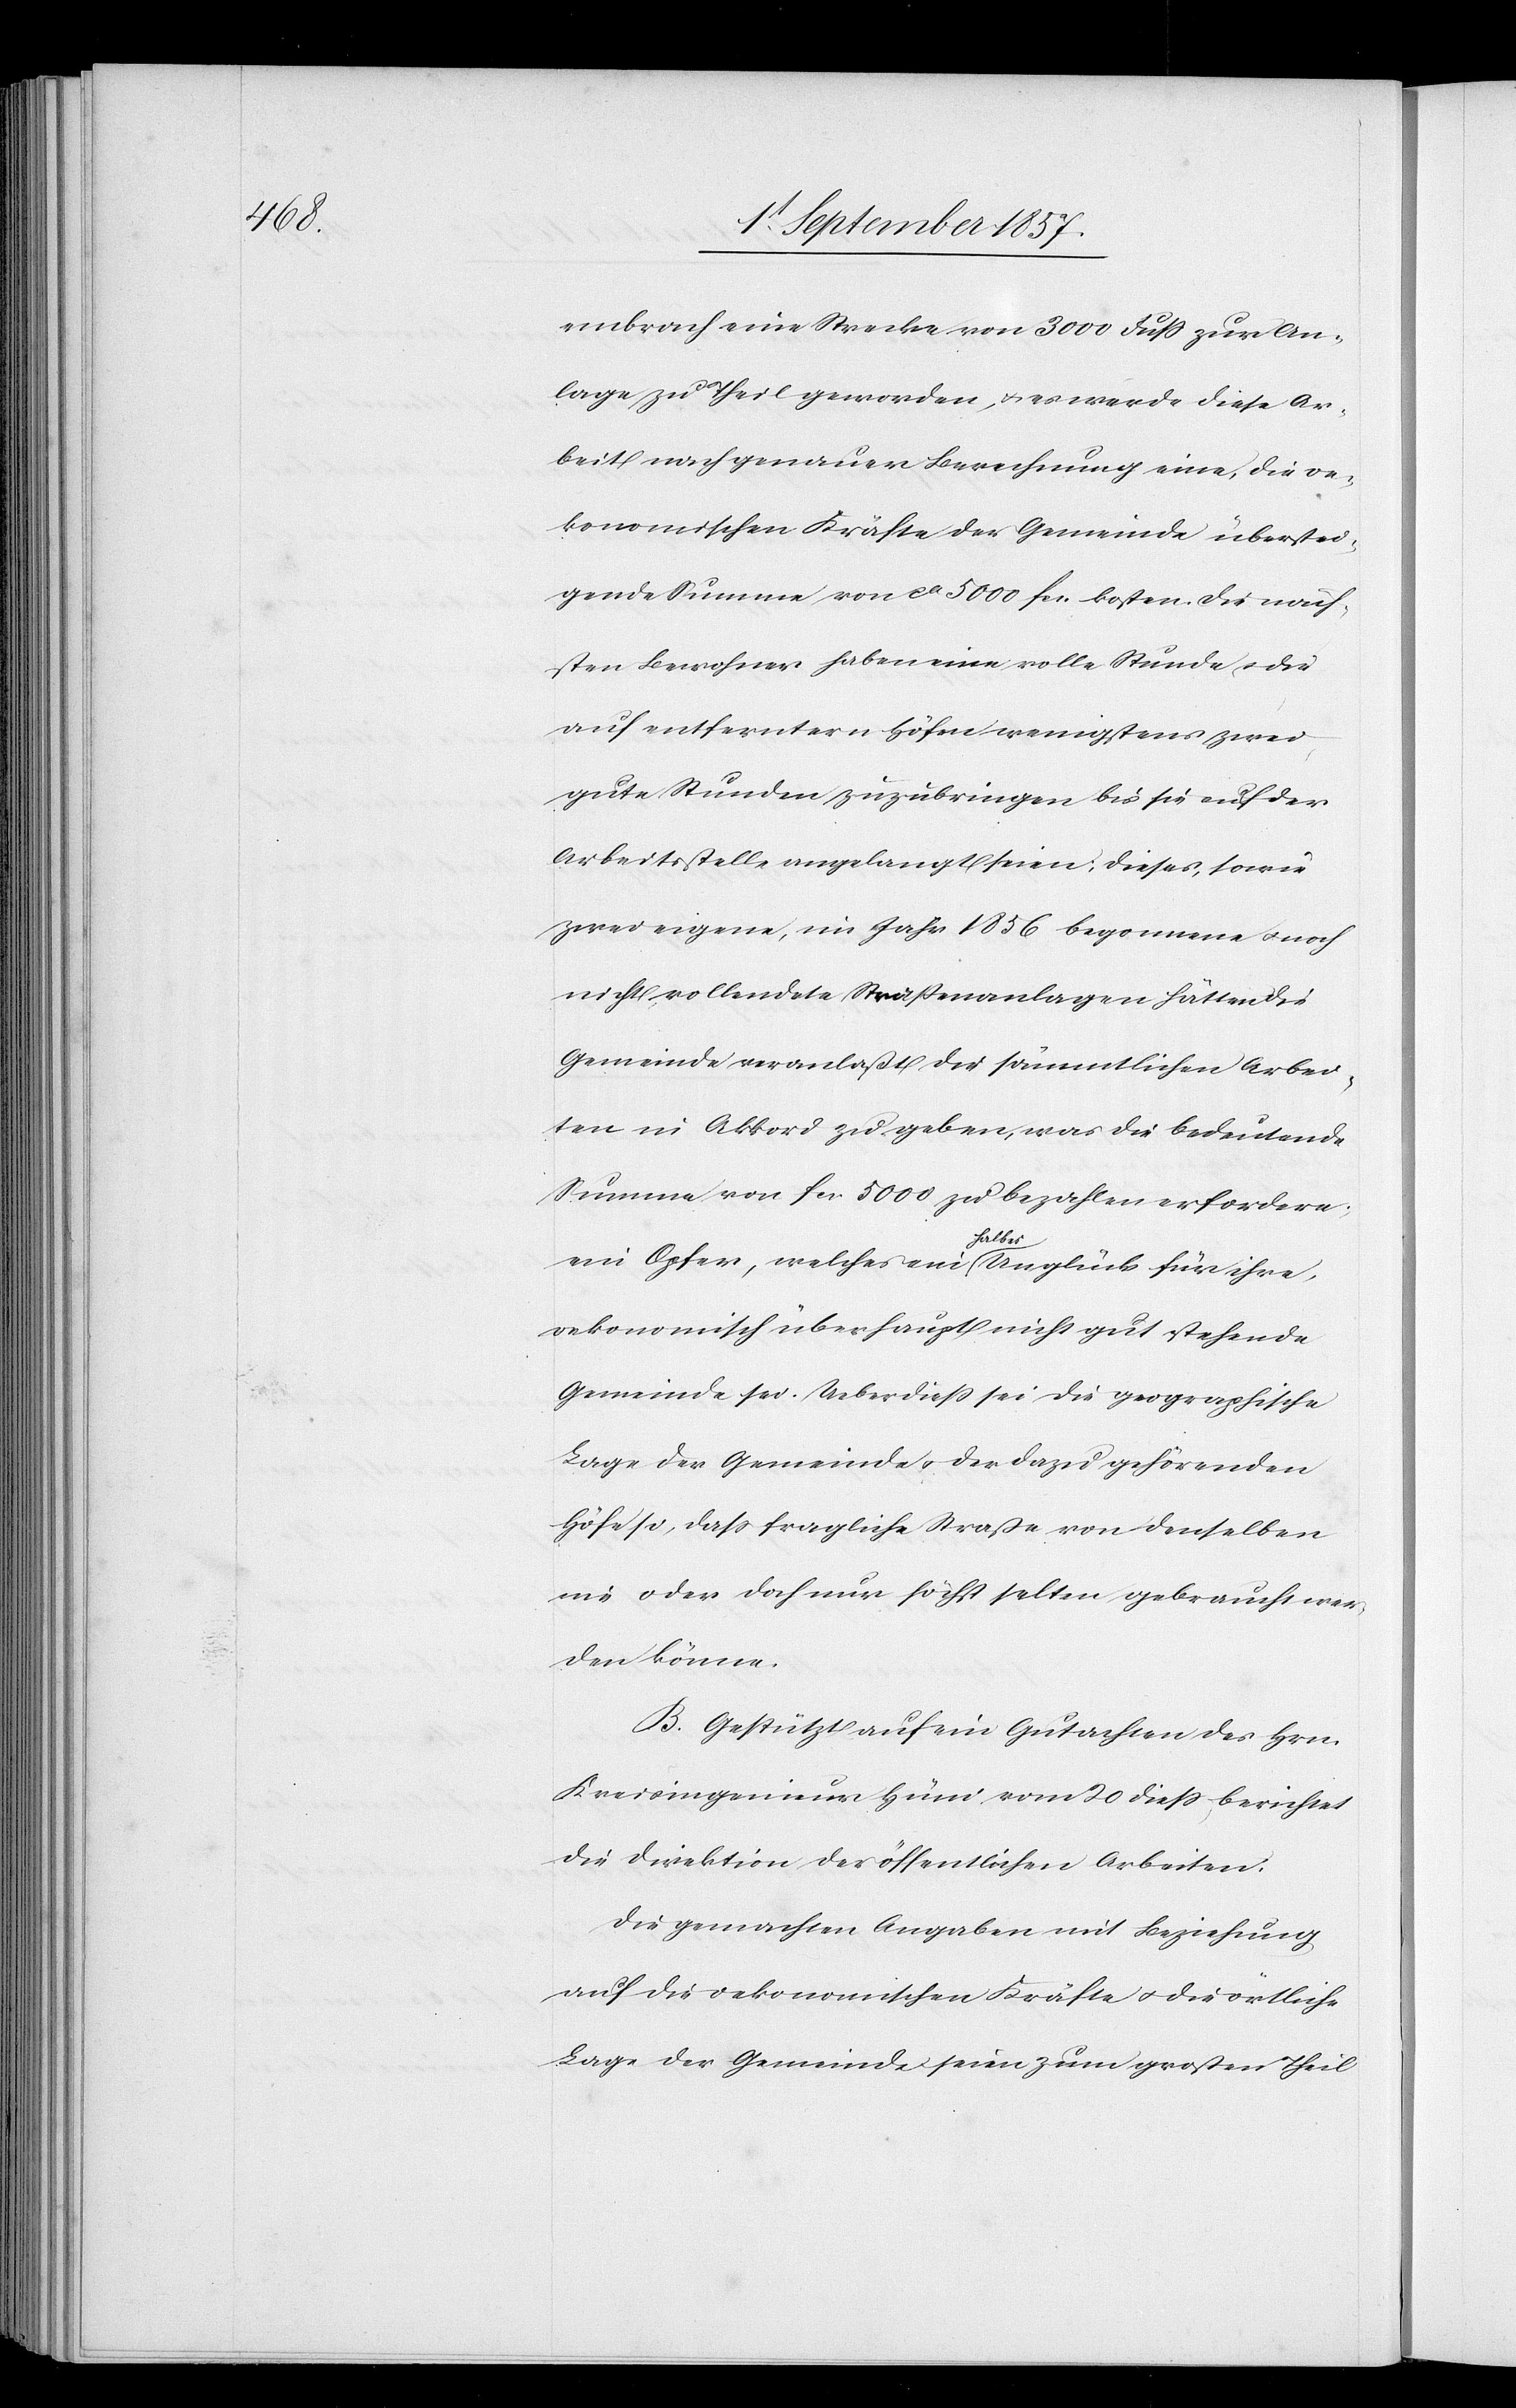
embrach eine Strecke von 3000 Fuß zur An¬
lage zu Theil geworden, & es werde diese Ar¬
beit nach genauer Berechnung eine, die oe¬
konomischen Kräfte der Gemeinde überstei¬
gende Summe, von ca 5000 fcs. kosten. Die näch¬
sten Bewohner haben eine volle Stunde & die
auf entferntern Höfen wenigstens zwei
gute Stunden zuzubringen bis sie auf der
Arbeitsstelle angelangt seien, dieses, sowie
zwei eigene, im Jahr 1856 begonnene & noch
nicht vollendete Straßenanlagen hätten die
Gemeinde veranlaßt die sämmtlichen Arbei¬
ten im Akkord zu geben, was die bedeutende
Summe von fcs 5000 zu bezahlen erfordere;
ein Opfer, welches ein halbes Unglück für ihre,
oekonomisch überhaupt nicht gut stehende
Gemeinde sei. Ueberdieß sei die geographische
Lage der Gemeinde & der dazu gehörenden
Höfe so, daß fragliche Straße von denselben
nie oder doch nur höchst selten gebraucht wer¬
den könne.
B. Gestützt auf ein Gutachten des Hrn.
Kreisingenieur Hüni vom 20 dieß berichtet
die Direktion der öffentlichen Arbeiten.
Die gemachten Angaben mit Beziehung
auf die oekonomischen Kräften & die örtliche
Lage der Gemeinde seien zum großen Theile